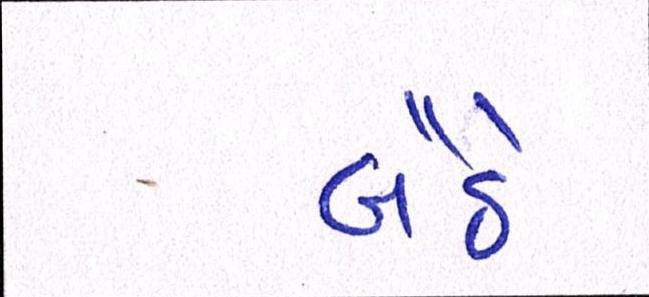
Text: બૈઠે